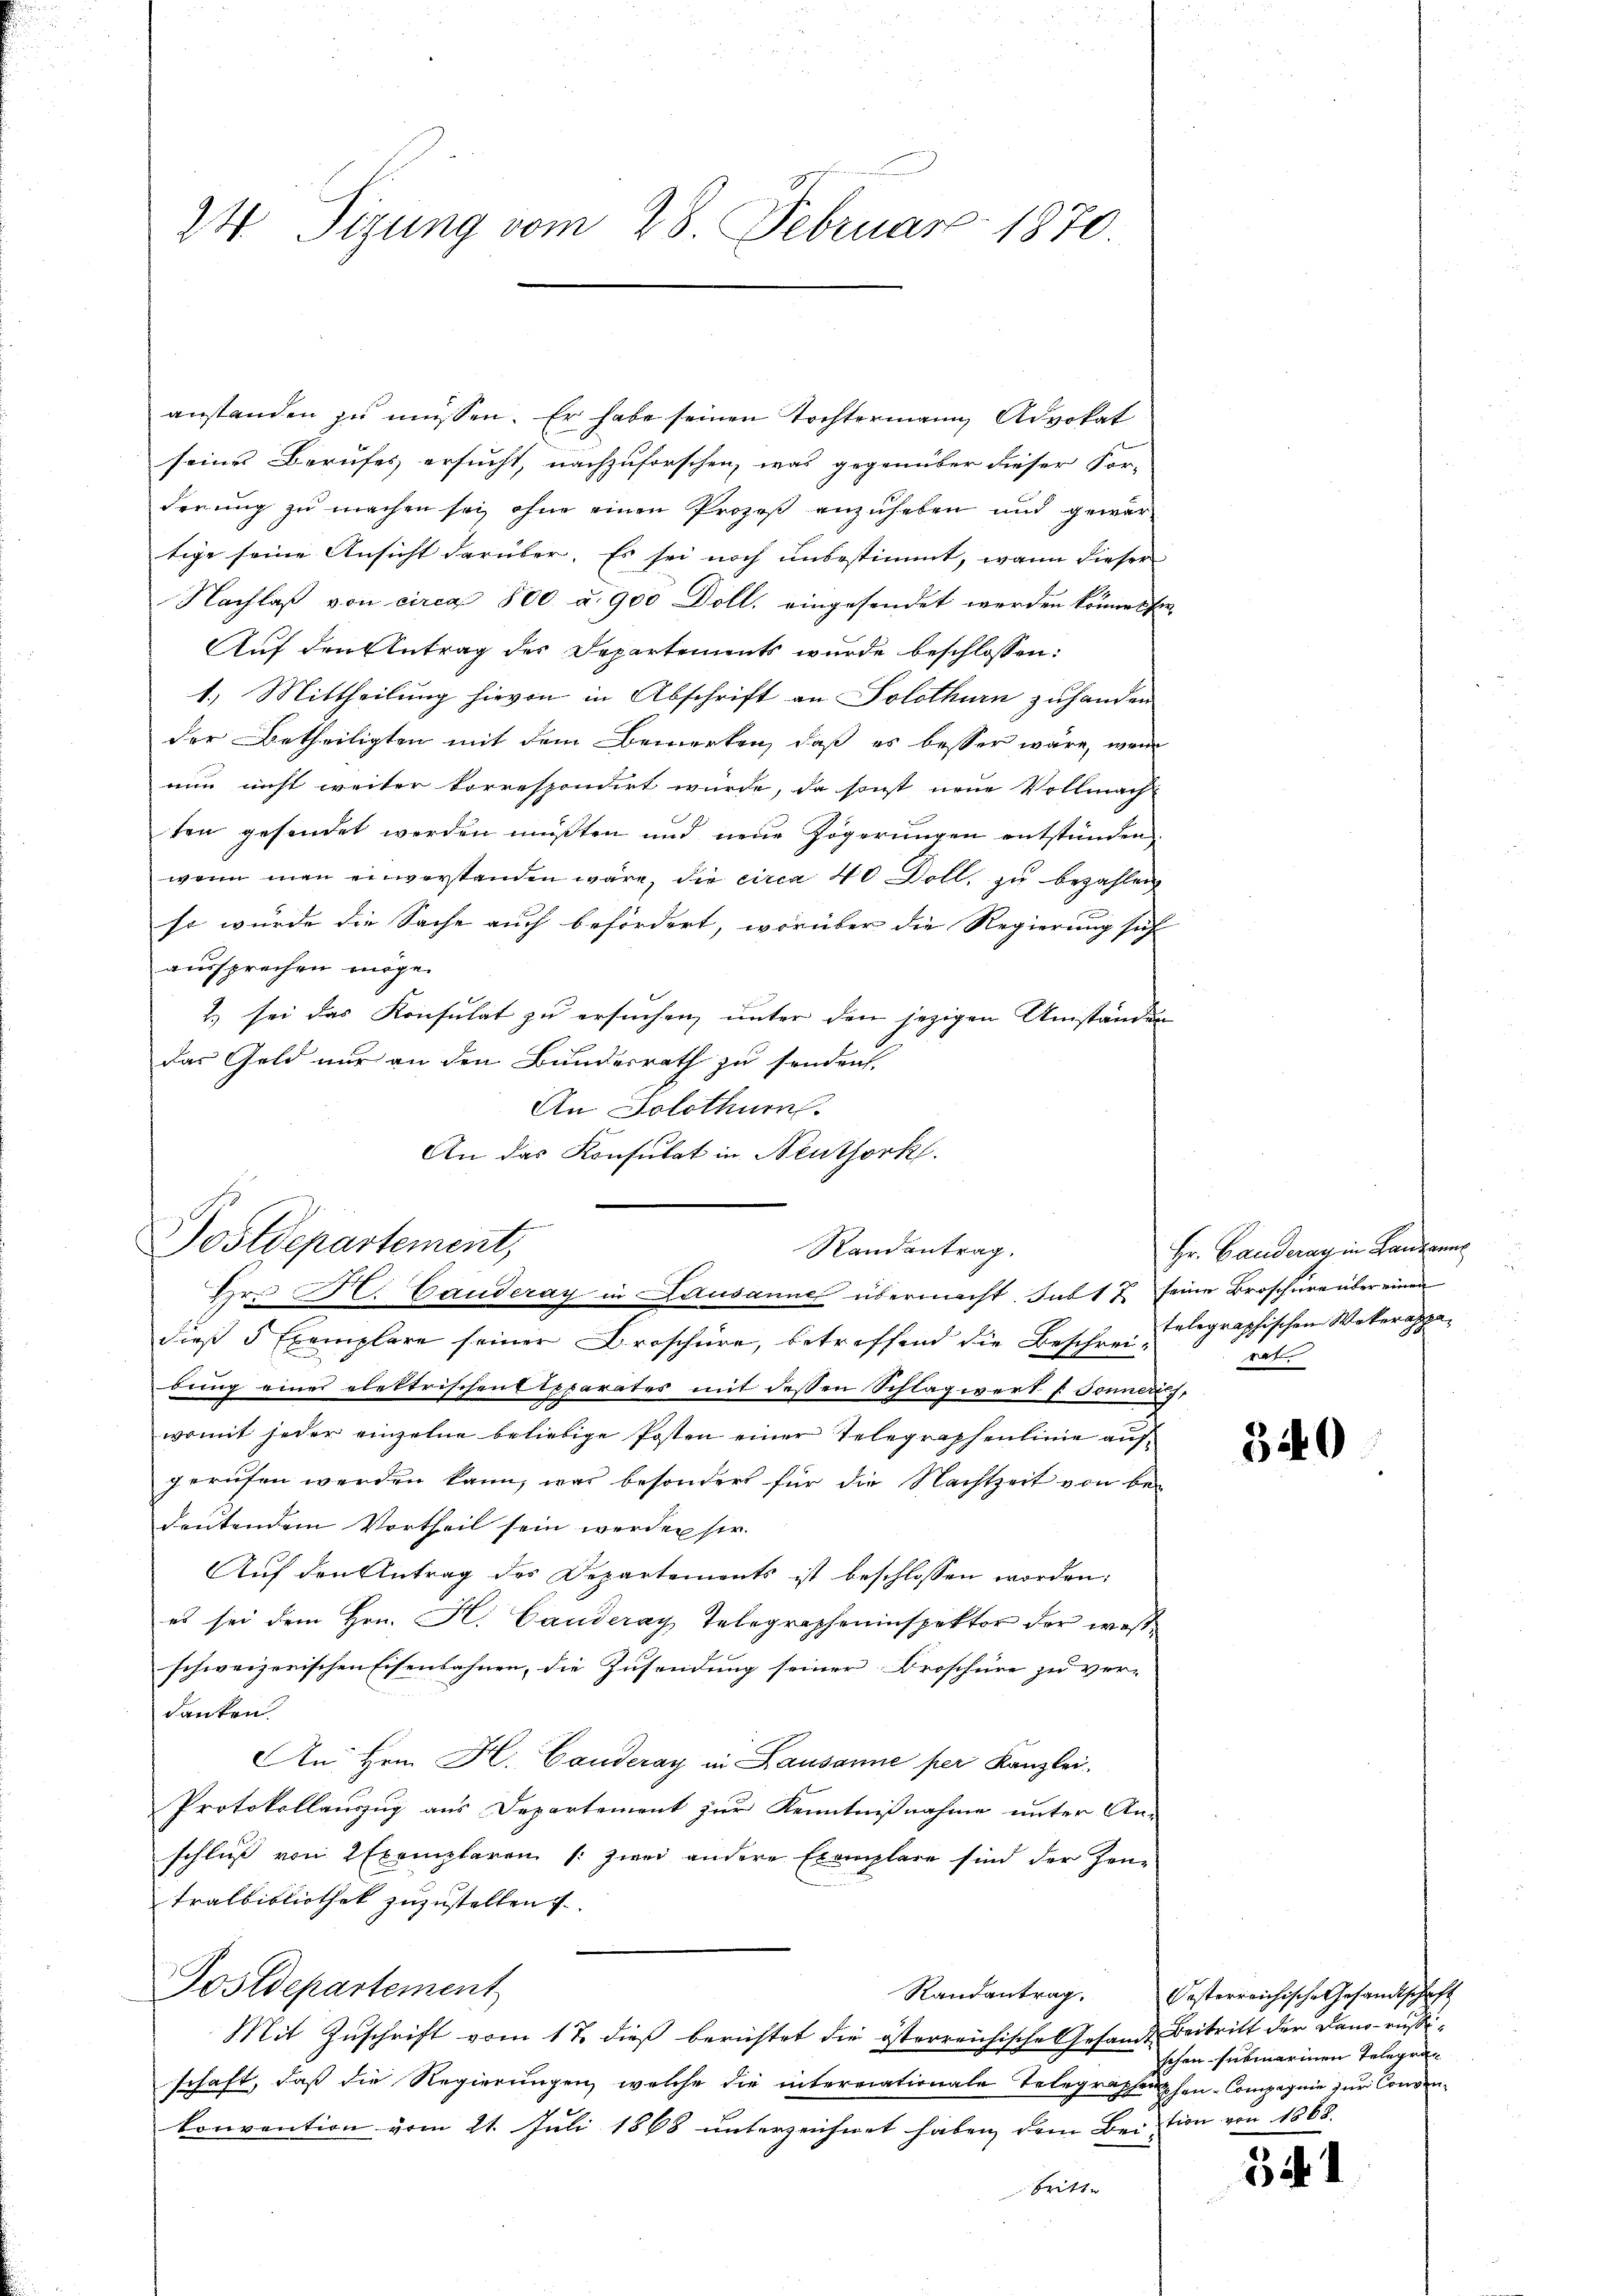
24 Sizung vom 28. Februar 1870.

anstanden zu müssen. Er habe seinen Tochtermann Advokat
seines Berufes ersucht, nachzuforschen, was gegenüber dieser For-
derung zu machen sei, ohne einen Prozeβ anzuheben und gewartige seine Ansicht darüber. Es sei noch unbestimmt, wann dieser
Nachlaß von circa 800 u. 900 Doll, eingesendet werden könne. Ein-
Auf den Antrag des Departements wurde beschlossen:
1.) Mittheilung hievon in Abschrift an Solothurn zuhanden
der Betheiligten mit dem Bemerken, daß es besser wäre, wenn
nun nicht weiter korrespondirt würde, da sonst neue Vollmach
ten gesendet werden müßten und neue Zögerungen entstünden,
wenn man einverstanden wäre, die circa 40 Doll, zu bezahlen
so wurde die Sache auch befördert, worüber die Regierung sich
aussprechen möge.
2.) sei das Konsulat zu ersuchen, unter den jezigen Umständen
das Geld nur an den Bundesrath zu sonden.
An Solothum
An das Konsulat in Neuthork
dieß 5 Exemplare seiner Broschüre, betreffend die Beschrei telegraphischen Wekerappabung einer elektrischen Epparates mit dessen Schlagwert f. Sonners,
womit jeder einzelne beliebige Posten einer Telegraphenlinie aufgerufen werden kann, was besondert für die Nachtzeit von bedeutendem Vortheil sein werden sie.
Aŭf den Antrag des Departements ist beschlossen worden:
es sei dem Hrn. K. Canderay Telegrapheninspektor der wesschweizerischen Eisenbahnen, die Zusendung seiner Broschüre zu ver-
danken.
An Hrn. H. Canderay in Lausanne per Kanzlei-
Protokollauszug aus Departement zur Kenntnißnahme unter An-
schließ von 2 Exemplaren (: zwei andere Exemplare sind der Zeu-
Tralbibliothek zuzustellen
Postdepartement
Randantrag.
Mit Zuschrift vom 17. dieß berichtet die österreichische Gesandt Beitritt der Dano-rusischaft, daß die Regierungen, welche die interriationale Telegraphenhau-Compagnie zur Convenkonvention vom 21. Juli 1868 unterzeichnet haben, dem Bei tion von 1868.
britte

Postdepartement,
Randantrag.
Hr. H. Bauderay in Lausanne übermacht. Sub 12 seine Broschüre über einen

Hr. Canderay in Landann
t

340

Oesterreichische Gesandtschaft
schen submarinen Telegra¬

Bd. 1